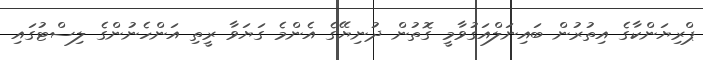
ޕްރިޔަންކާގެ އިތުރުން ބައިނަލްއަގުވާމީ ގޮތުން ދުނިޔޭގެ އެންމެ ގަޔަވާ ރީތި އަންހެނުންގެ ލިސްޓުގައި